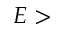
E >